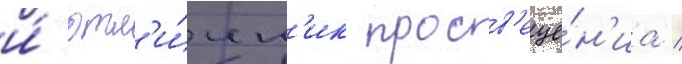
и́ отл'и́чн'ик просв'еще́н'иа /